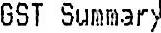
GST SUMMARY